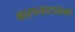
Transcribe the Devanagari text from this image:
बालनाट्याना